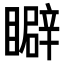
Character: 䁹